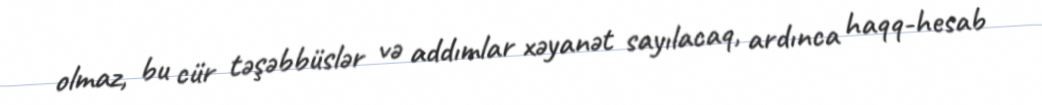
olmaz, bu cür təşəbbüslər və addımlar xəyanət sayılacaq, ardınca haqq-hesab